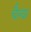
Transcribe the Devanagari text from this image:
चैत्या